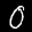
Label: 0